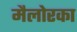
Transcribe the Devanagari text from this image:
मैलोरका